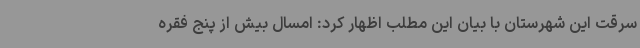
سرقت این شهرستان با بیان این مطلب اظهار کرد: امسال بیش از پنج فقره